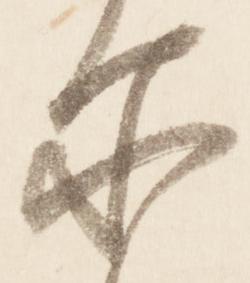
尓